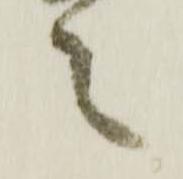
之